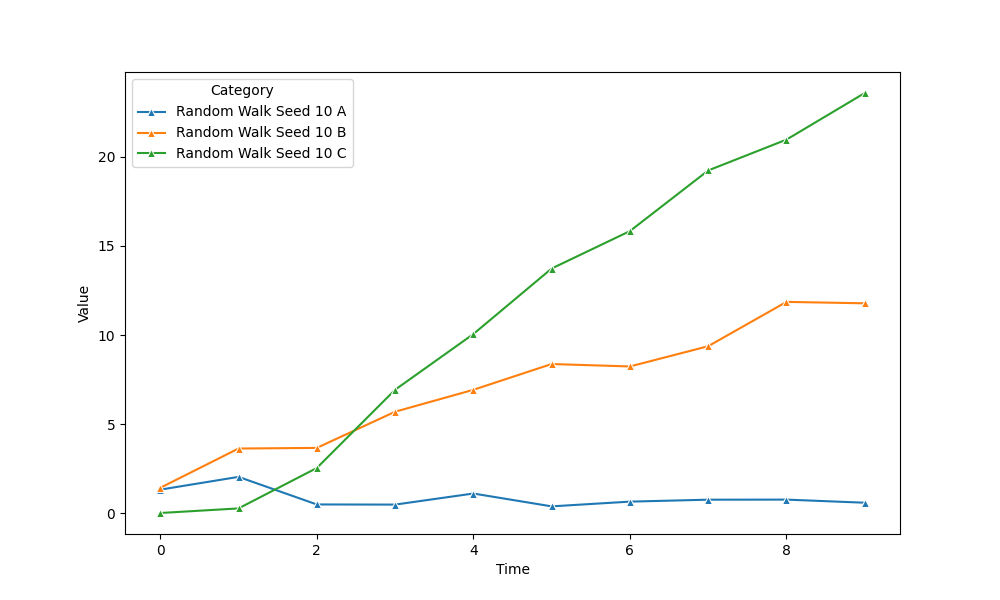
python, seaborn, lineplot, style='solid', marker='^'